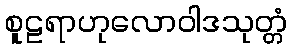
စူဠရာဟုလောဝါဒသုတ္တံ